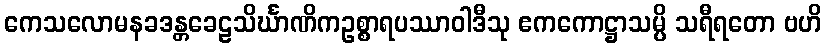
ကေသလောမနခဒန္တခေဠသိင်္ဃာဏိကဥစ္စာရပဿာဝါဒီသု ဧကကောဋ္ဌာသမ္ပိ သရီရတော ဗဟိ